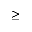
\geq